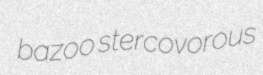
bazoo stercovorous